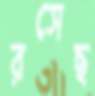
রসেছ